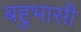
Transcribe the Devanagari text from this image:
बहुभासी